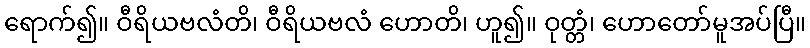
ရောက်၍။ ဝီရိယဗလံတိ၊ ဝီရိယဗလံ ဟောတိ၊ ဟူ၍။ ဝုတ္တံ၊ ဟောတော်မူအပ်ပြီ။